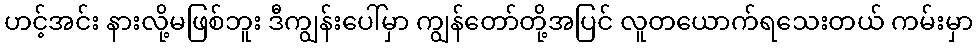
ဟင့်အင်း နားလို့မဖြစ်ဘူး ဒီကျွန်းပေါ်မှာ ကျွန်တော်တို့အပြင် လူတယောက်ရသေးတယ် ကမ်းမှာ